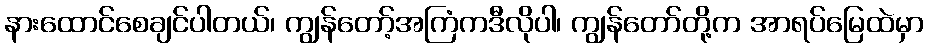
နားထောင်စေချင်ပါတယ်၊ ကျွန်တော့်အကြံကဒီလိုပါ၊ ကျွန်တော်တို့က အာရပ်မြေထဲမှာ